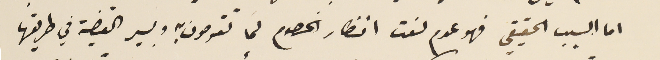
اما السبب الحقيقي فهو عدم لفت انظار الخصوم كما تقومون به وبسير القضية في طريقها